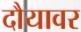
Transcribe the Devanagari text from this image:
दौयावर